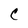
Character: C